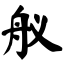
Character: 舣